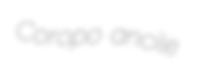
Coropo ancile